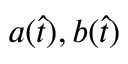
a ( \hat { t } ) , b ( \hat { t } )